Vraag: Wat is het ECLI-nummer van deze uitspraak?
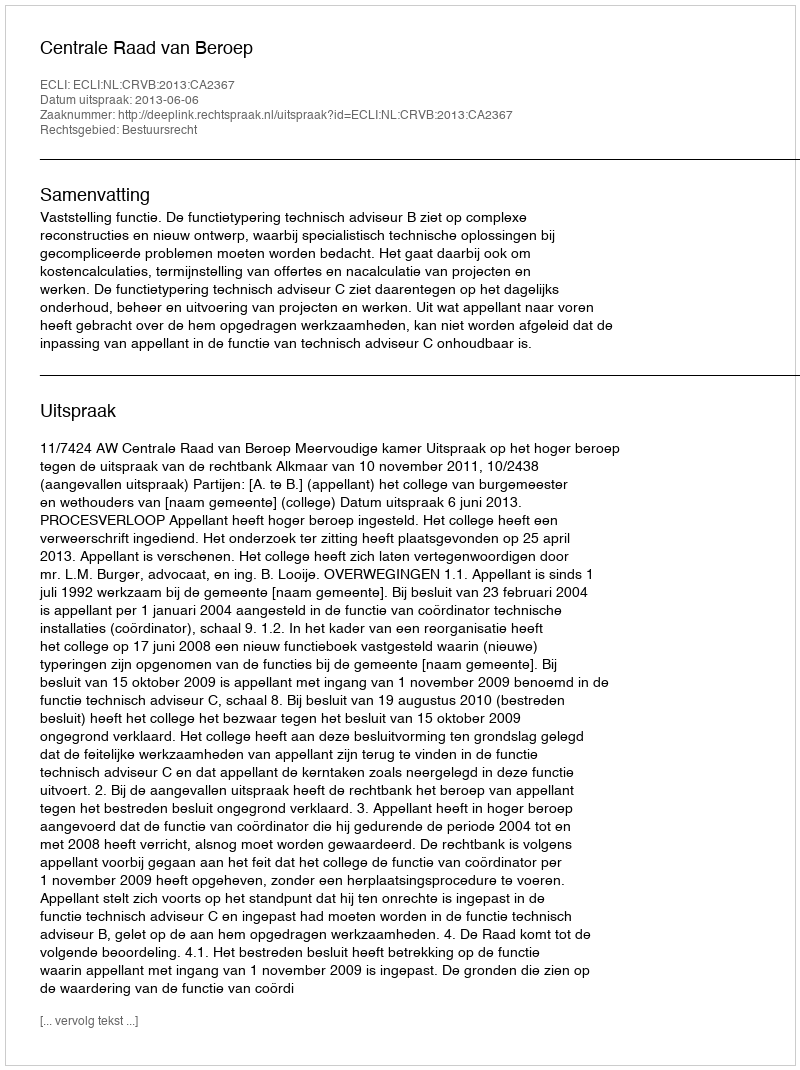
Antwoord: ECLI:NL:CRVB:2013:CA2367